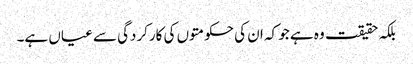
بلکہ حقیقت وہ ہے جو کہ ان کی حکومتوں کی کارکردگی سے عیاں ہے۔